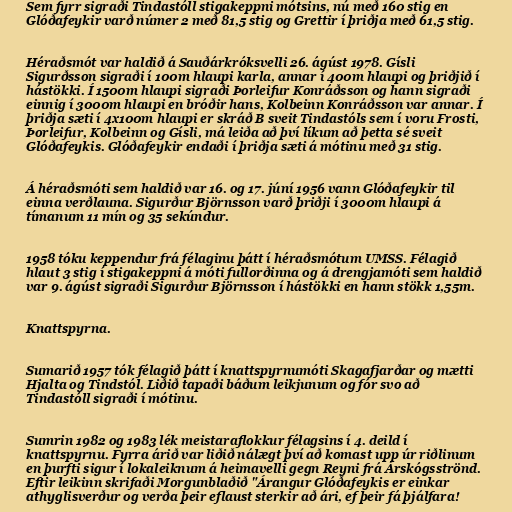
Sem fyrr sigraði Tindastóll stigakeppni mótsins, nú með 160 stig en
Glóðafeykir varð númer 2 með 81,5 stig og Grettir í þriðja með 61,5 stig.

Héraðsmót var haldið á Sauðárkróksvelli 26. ágúst 1978. Gísli
Sigurðsson sigraði í 100m hlaupi karla, annar í 400m hlaupi og þriðjið í
hástökki. Í 1500m hlaupi sigraði Þorleifur Konráðsson og hann sigraði
einnig í 3000m hlaupi en bróðir hans, Kolbeinn Konráðsson var annar. Í
þriðja sæti í 4x100m hlaupi er skráð B sveit Tindastóls sem í voru Frosti,
Þorleifur, Kolbeinn og Gísli, má leiða að því líkum að þetta sé sveit
Glóðafeykis. Glóðafeykir endaði í þriðja sæti á mótinu með 31 stig.

Á héraðsmóti sem haldið var 16. og 17. júní 1956 vann Glóðafeykir til
einna verðlauna. Sigurður Björnsson varð þriðji í 3000m hlaupi á
tímanum 11 mín og 35 sekúndur.

1958 tóku keppendur frá félaginu þátt í héraðsmótum UMSS. Félagið
hlaut 3 stig í stigakeppni á móti fullorðinna og á drengjamóti sem haldið
var 9. ágúst sigraði Sigurður Björnsson í hástökki en hann stökk 1,55m.

Knattspyrna.

Sumarið 1957 tók félagið þátt í knattspyrnumóti Skagafjarðar og mætti
Hjalta og Tindstól. Liðið tapaði báðum leikjunum og fór svo að
Tindastóll sigraði í mótinu.

Sumrin 1982 og 1983 lék meistaraflokkur félagsins í 4. deild í
knattspyrnu. Fyrra árið var liðið nálægt því að komast upp úr riðlinum
en þurfti sigur í lokaleiknum á heimavelli gegn Reyni frá Árskógsströnd.
Eftir leikinn skrifaði Morgunblaðið "Árangur Glóðafeykis er einkar
athyglisverður og verða þeir eflaust sterkir að ári, ef þeir fá þjálfara!